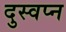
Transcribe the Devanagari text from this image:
दुस्वप्न